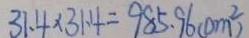
3 1 . 4 \times 3 1 . 4 = 9 8 5 . 9 6 ( c m ^ { 2 } )